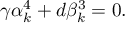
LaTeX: \gamma \alpha _ { k } ^ { 4 } + d \beta _ { k } ^ { 3 } = 0 .